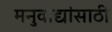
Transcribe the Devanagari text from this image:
मनुवाद्यांसाठी